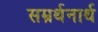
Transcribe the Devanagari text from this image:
सम्रर्थनार्थ